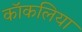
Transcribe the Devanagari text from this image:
कॉकलिया